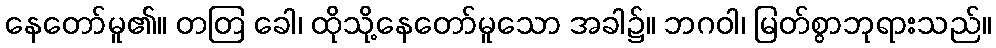
နေတော်မူ၏။ တတြ ခေါ၊ ထိုသို့နေတော်မူသော အခါ၌။ ဘဂဝါ၊ မြတ်စွာဘုရားသည်။